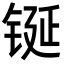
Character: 𮣴